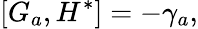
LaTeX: \left[G_{a},H^{*}\right]=-\gamma_{a},